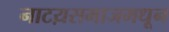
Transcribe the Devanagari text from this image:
नाटय़समाजमधून